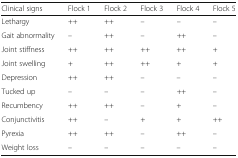
| Clinical signs | Flock 1 | Flock 2 | Flock 3 | Flock 4 | FIock 5 |
 | --- | --- | --- | --- | --- | --- |
 | Lethargy | ++ | ++ | – | – | – |
 | Gait abnormality | – | ++ | – | ++ | – |
 | Joint stiffness | ++ | ++ | ++ | ++ | + |
 | Joint swelling | + | ++ | ++ | + | + |
 | Depression | ++ | ++ | – | – | – |
 | Tucked up | – | – | – | ++ | – |
 | Recumbency | ++ | ++ | – | + | – |
 | Conjunctivitis | ++ | – | + | + | ++ |
 | Pyrexia | ++ | ++ | – | ++ | – |
 | Weight loss | – | – | – | – | – |